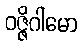
ဝဇ္ဇိဂါမော